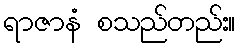
ရာဇာနံ စသည်တည်း။